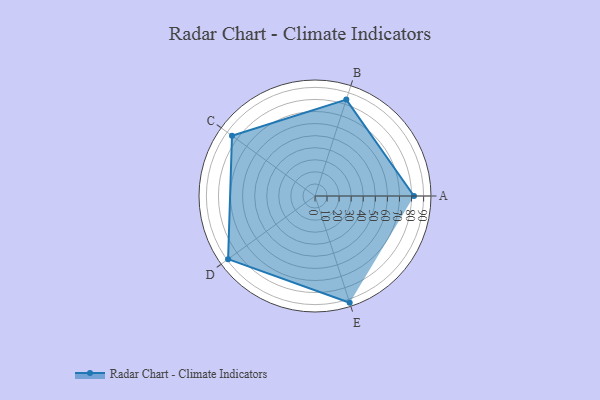
{"axis": {"x": "Skill", "y": "Score"}, "legend": ["Profile"], "data": [{"x": "A", "y": 82.0, "type": "Profile"}, {"x": "B", "y": 84.0, "type": "Profile"}, {"x": "C", "y": 85.0, "type": "Profile"}, {"x": "D", "y": 89.0, "type": "Profile"}, {"x": "E", "y": 93.0, "type": "Profile"}]}